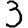
Digit: 3